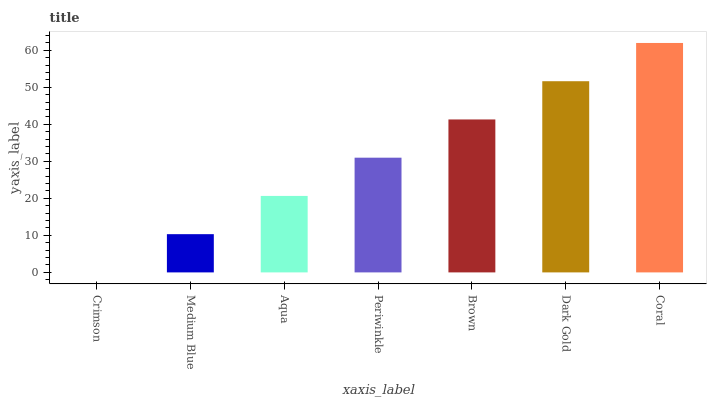
| xaxis_label | bars |
 | --- | --- |
 | Crimson | 0 |
 | Medium Blue | 10.3 |
 | Aqua | 20.7 |
 | Periwinkle | 31 |
 | Brown | 41.3 |
 | Dark Gold | 51.7 |
 | Coral | 62 |